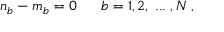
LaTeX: n _ { b } - m _ { b } = 0 \; \; \; \; \; \; b = 1 , 2 , \; . . . \; , N \; ,